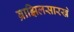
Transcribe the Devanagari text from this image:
ब्राझिलसारखे